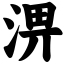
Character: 淠